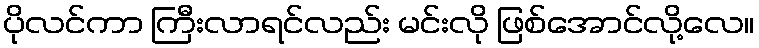
ပိုလင်ကာ ကြီးလာရင်လည်း မင်းလို ဖြစ်အောင်လို့လေ။